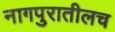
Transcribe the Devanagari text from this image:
नागपुरातीलच